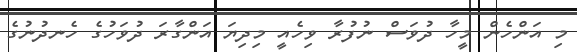
މި އަންހެން މީހާ ދުވަސް ނުފުރާ ވިހެއީ މިދިޔަ އަންގާރަ ދުވަހުގެ ހެނދުނުގެ